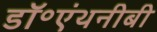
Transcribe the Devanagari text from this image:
डॉ॰एंथनीबी